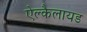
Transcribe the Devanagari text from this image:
ऐल्कैलायड